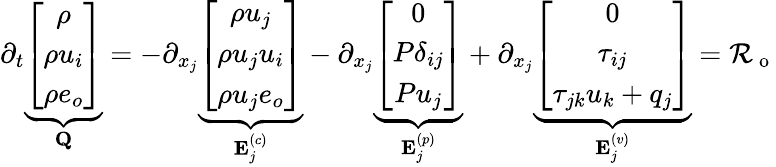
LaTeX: \begin{array}{r}{\partial_{t}\underbrace{\left[\begin{array}{c}{\rho}\\ {\rho u_{i}}\\ {\rho e_{o}}\end{array}\right]}_{\mathbf Q}=-\partial_{x_{j}}\underbrace{\left[\begin{array}{c}{\rho u_{j}}\\ {\rho u_{j}u_{i}}\\ {\rho u_{j}e_{o}}\end{array}\right]}_{{\mathbf E}_{j}^{(c)}}-\partial_{x_{j}}\underbrace{\left[\begin{array}{c}{0}\\ {P\delta_{ij}}\\ {Pu_{j}}\end{array}\right]}_{{\mathbf E}_{j}^{(p)}}+\partial_{x_{j}}\underbrace{\left[\begin{array}{c}{0}\\ {\tau_{ij}}\\ {\tau_{jk}u_{k}+q_{j}}\end{array}\right]}_{{\mathbf E}_{j}^{(v)}}=\mathcal{R}_{\mathrm{~o~}}}\end{array}